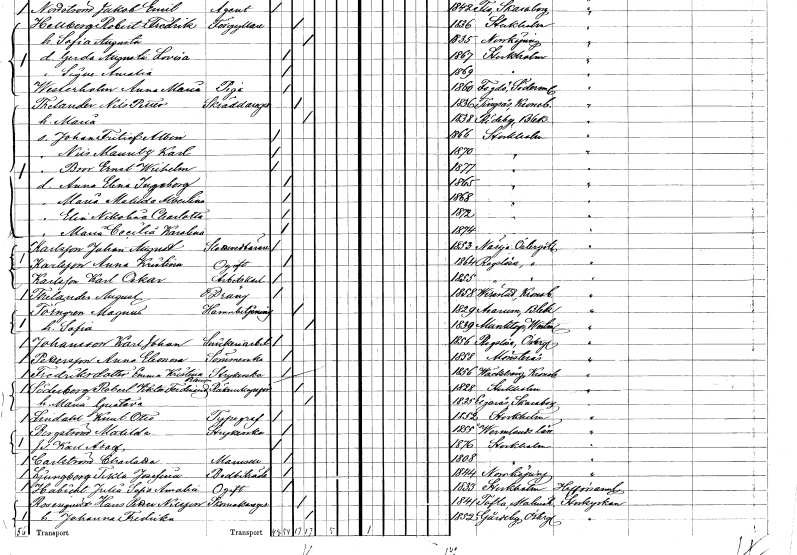
gt_parse: households: individuals: FN: Nils Mauritz Karl
KON: M
CIV: O
FODAR: 1870
FODFORS: Stockholm
FN: Bror Ernst Wilhelm
KON: M
CIV: O
FODAR: 1877
FODFORS: Stockholm
FN: Anna Elina Ingeborg
KON: K
CIV: O
FODAR: 1865
FODFORS: Stockholm
FN: Maria Matilda Albertina
KON: K
CIV: O
FODAR: 1868
FODFORS: Stockholm
FN: Elin Nikolina Charlotta
KON: K
CIV: O
FODAR: 1872
FODFORS: Stockholm
FN: Maria Cecilia Karolina
KON: K
CIV: O
FODAR: 1874
FODFORS: Stockholm
FN: Johan August
EN: Karlsson
YRKE: Slottsvedbärare
KON: M
CIV: O
FODAR: 1853
FODFORS: Nässja Östergötlands län
FN: Anna Kristina
EN: Karlsson
KON: K
CIV: O
FODAR: 1864
FODFORS: Rogslösa Östergötlands län
FN: Karl Oskar
EN: Karlsson
YRKE: Arbetskarl
KON: M
CIV: O
FODAR: 1855
FODFORS: Rogslösa Östergötlands län
FN: August
EN: Thelander
YRKE: Dräng
KON: M
CIV: O
FODAR: 1858
FODFORS: Virestad Kronobergs län
FN: Magnus
EN: Törngren
YRKE: Hamnbetjänt
KON: M
CIV: G
FODAR: 1829
FODFORS: Asarum Blekinge län
FN: Sofia
KON: K
CIV: G
FODAR: 1839
FODFORS: Munktorp Västmanlands län
FN: Karl Johan
EN: Johansson
YRKE: Snickeriarbetare
KON: M
CIV: O
FODAR: 1856
FODFORS: Rogslösa Östergötlands län
FN: Anna Eleonora
EN: Pettersson
YRKE: Sömmerska
KON: K
CIV: O
FODAR: 1858
FODFORS: Mönsterås Kalmar län
FN: Emma Kristina
EN: Fredriksdotter
YRKE: Strykerska
KON: K
CIV: O
FODAR: 1856
FODFORS: Väckelsång Kronobergs län
FN: Robert Viktor Ferdinand
EN: Söderberg
YRKE: Räkenskapsförare
KON: M
CIV: G
FODAR: 1828
FODFORS: Stockholm
FN: Maria Gustava
KON: K
CIV: G
FODAR: 1835
FODFORS: Älgarås Skaraborgs län
FN: Knut Otto
EN: Lindahl
YRKE: Typograf
KON: M
CIV: O
FODAR: 1852
FODFORS: Stockholm
FN: Matilda
EN: Bergström
YRKE: Strykerska
KON: K
CIV: O
FODAR: 1855
FN: Karl Adolf
KON: M
CIV: O
FODAR: 1876
FODFORS: Stockholm
FN: Charlotta
EN: Carlström
KON: K
CIV: O
FODAR: 1808
FODFORS: Stockholm
FN: Tekla Josefina
EN: Ljungberg
YRKE: Bodbiträde
KON: K
CIV: O
FODAR: 1844
FODFORS: Norrköping Östergötlands län
FN: Julia Sofia Amalia
EN: Habicht
KON: K
CIV: O
FODAR: 1833
FODFORS: Stockholm
FN: Hans Petter
EN: Rosenqvist Nilsson
YRKE: Skomakaregesäll
KON: M
CIV: G
FODAR: 1841
FODFORS: Tofta Malmöhus län
FN: Johanna Fredrika
KON: K
CIV: G
FODAR: 1852
FODFORS: Gårdeby Östergötlands län